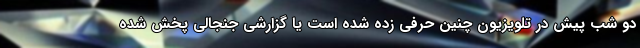
دو شب پیش در تلویزیون چنین حرفی زده شده است یا گزارشی جنجالی پخش شده